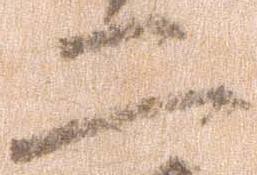
二